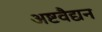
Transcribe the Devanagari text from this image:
अष्टवैद्यन